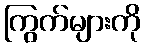
ကြွက်များကို